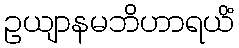
ဥယျာနမဘိဟာရယိံ